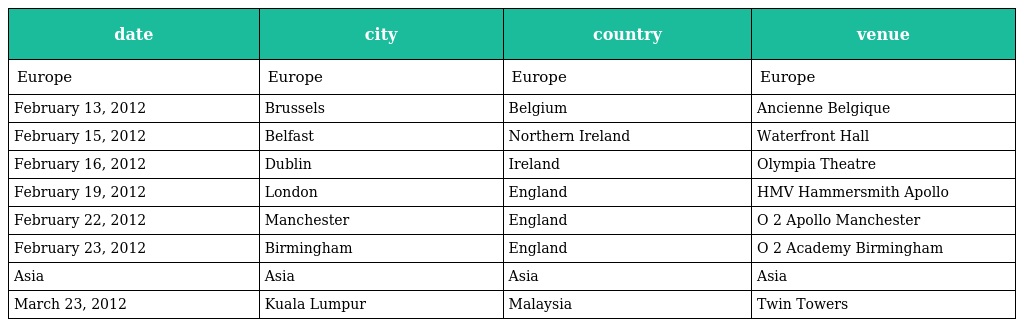
| date | city | country | venue |
 | --- | --- | --- | --- |
 | Europe | Europe | Europe | Europe |
 | February 13, 2012 | Brussels | Belgium | Ancienne Belgique |
 | February 15, 2012 | Belfast | Northern Ireland | Waterfront Hall |
 | February 16, 2012 | Dublin | Ireland | Olympia Theatre |
 | February 19, 2012 | London | England | HMV Hammersmith Apollo |
 | February 22, 2012 | Manchester | England | O 2 Apollo Manchester |
 | February 23, 2012 | Birmingham | England | O 2 Academy Birmingham |
 | Asia | Asia | Asia | Asia |
 | March 23, 2012 | Kuala Lumpur | Malaysia | Twin Towers |